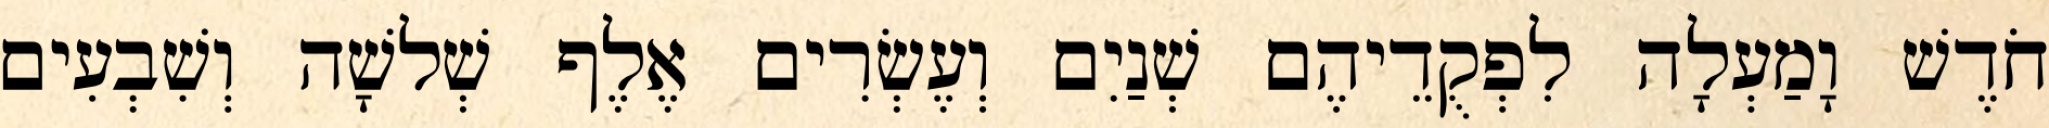
חֹדֶשׁ וָמַעְלָה לִפְקֻדֵיהֶם שְׁנַיִם וְעֶשְׂרִים אֶלֶף שְׁלשָׁה וְשִׁבְעִים